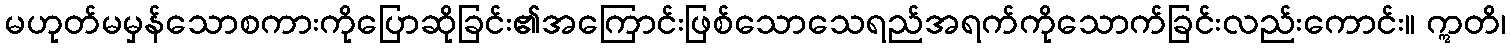
မဟုတ်မမှန်သောစကားကိုပြောဆိုခြင်း၏အကြောင်းဖြစ်သောသေရည်အရက်ကိုသောက်ခြင်းလည်းကောင်း။ ဣတိ၊